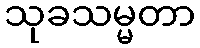
သုခသမ္မတာ